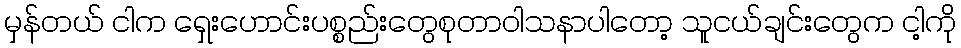
မှန်တယ် ငါက ရှေးဟောင်းပစ္စည်းတွေစုတာဝါသနာပါတော့ သူငယ်ချင်းတွေက ငါ့ကို